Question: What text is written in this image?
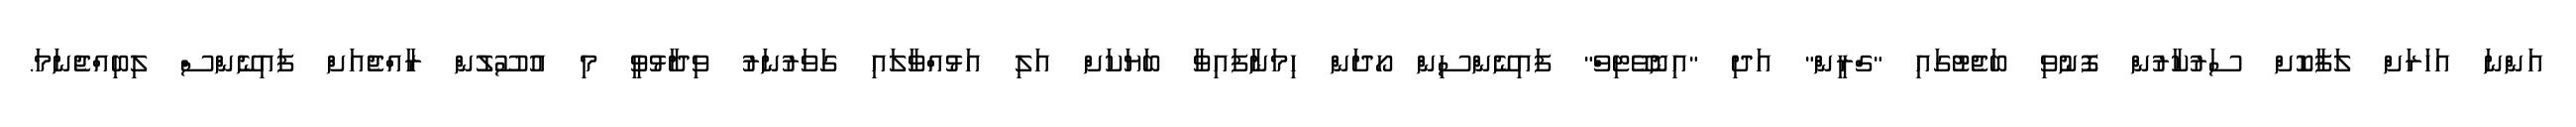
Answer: އަންނަ އަހަރަށް ލަފާކޮށް ސަރުކާރުން ފޮނުވި ބަޖެޓުގައި "ގްރީން" އަދި "އިނޮވޭޓިވް" ފައިނޭންސިން ހޯދަން ހިމަނާފައިވާ ބަޔަކަށް އަލި އަޅުއްވާލައި ގަވަރުނަރު ވިދާޅުވީ މި އުސޫލުން ރާއްޖެއަށް ފައިނޭންސް ލިބިއްޖެނަމަ.